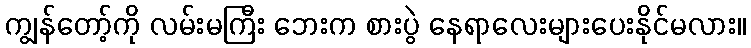
ကျွန်တော့်ကို လမ်းမကြီး ဘေးက စားပွဲ နေရာလေးများပေးနိုင်မလား။